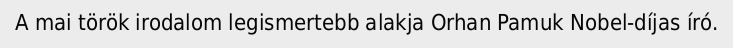
A mai török irodalom legismertebb alakja Orhan Pamuk Nobel-díjas író.